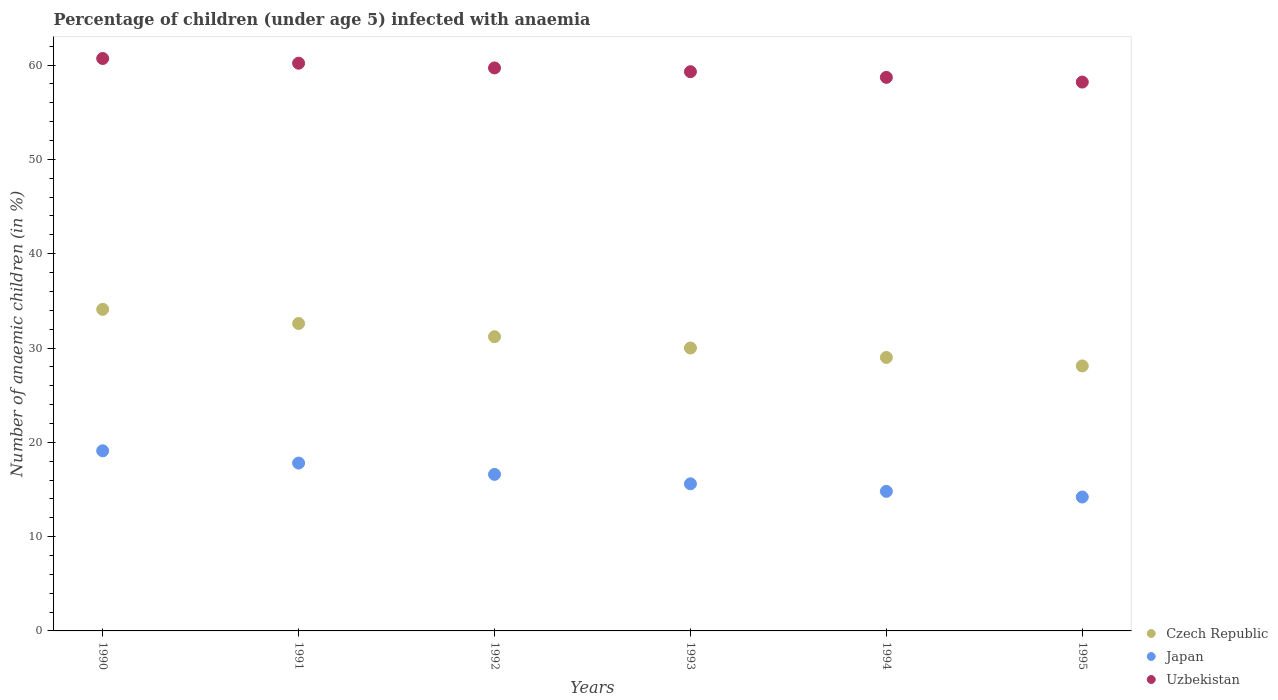
| Years | Czech Republic | Japan | Uzbekistan |
 | --- | --- | --- | --- |
 | 1990 | 34.1 | 19.1 | 60.7 |
 | 1991 | 32.6 | 17.8 | 60.2 |
 | 1992 | 31.2 | 16.6 | 59.7 |
 | 1993 | 30 | 15.6 | 59.3 |
 | 1994 | 29 | 14.8 | 58.7 |
 | 1995 | 28.1 | 14.2 | 58.2 |